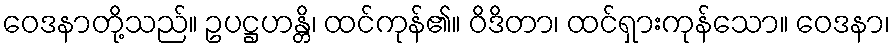
ဝေဒနာတို့သည်။ ဥပဋ္ဌဟန္တိ၊ ထင်ကုန်၏။ ဝိဒိတာ၊ ထင်ရှားကုန်သော။ ဝေဒနာ၊